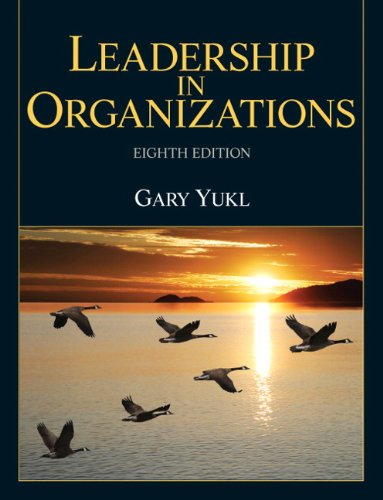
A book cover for Leadership in Organizations (8th Edition); Gary A. Yukl; Politics & Social Sciences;